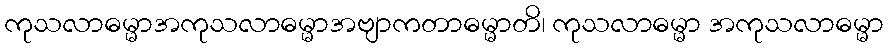
ကုသလာဓမ္မာအကုသလာဓမ္မာအဗျာကတာဓမ္မာတိ၊ ကုသလာဓမ္မာ အကုသလာဓမ္မာ